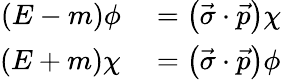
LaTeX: \begin{array}{rl}{\left(E-m\right)\phi}&{{}=\left({\vec{\sigma}}\cdot{\vec{p}}\right)\chi}\\ {\left(E+m\right)\chi}&{{}=\left({\vec{\sigma}}\cdot{\vec{p}}\right)\phi}\end{array}